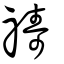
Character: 禱